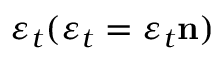
\boldsymbol { \varepsilon _ { t } } ( \boldsymbol { \varepsilon _ { t } } = \varepsilon _ { t } \mathbf { n } )